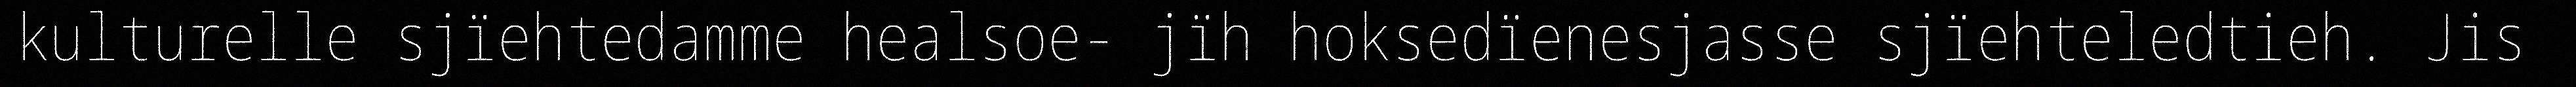
kulturelle sjïehtedamme healsoe- jïh hoksedïenesjasse sjïehteledtieh. Jis